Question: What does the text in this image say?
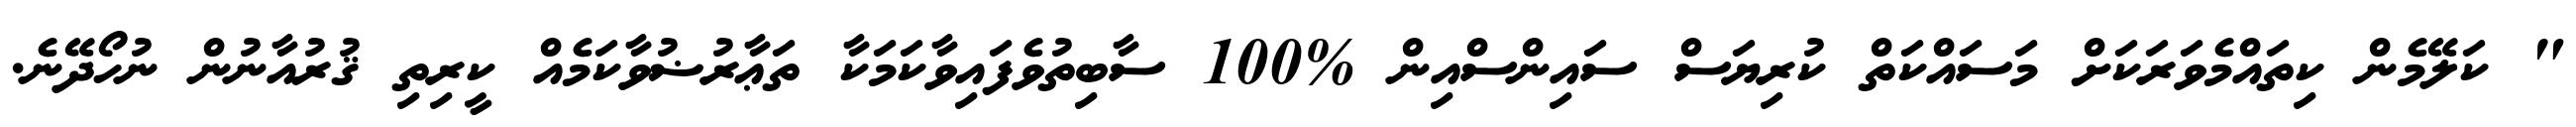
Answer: " ކަލޭމެން ކިތައްމެވަރަކަށް މަސައްކަތް ކުރިޔަސް ސައިންސްއިން %100 ސާބިތުވެފައިވާކަމަކާ ތަޢާރުޟުވާކަމެއް ކީރިތި ޤުރުއާނުން ނުހޯދޭނެ.